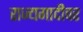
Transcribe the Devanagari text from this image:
राज्यगादीवर